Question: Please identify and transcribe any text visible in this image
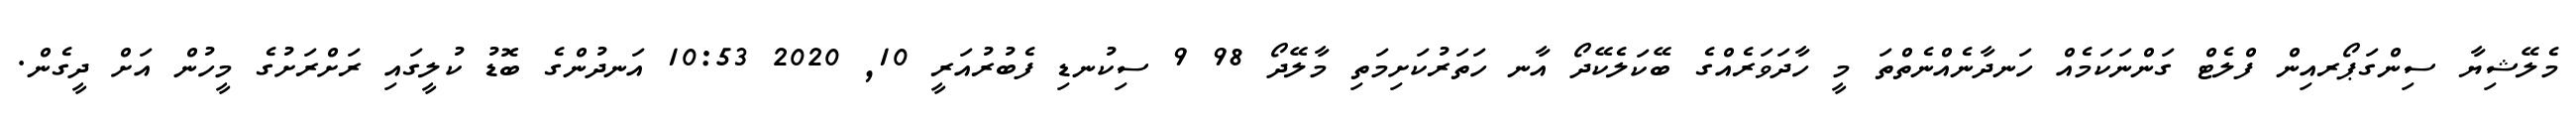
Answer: މެލޭޝިޔާ ސިންގަޕޯރއިން ފްލެޓް ގަންނަކަމެއް ހަނދާނެއްނެތްތަ މީ ހާދަވަރެއްގެ ބޭކަލެކޭދޯ އާނ ހަތަރުކަށިމަތި މާލޭދޯ 98 9 ސިކުނޑި ފެބުރުއަރީ 10, 2020 10:53 އަނދުންގެ ބޮޑު ކުލީގައި ރަށްރަށުގެ މީހުން އަށް ދީގެން.